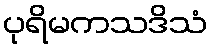
ပုရိမကသဒိသံ